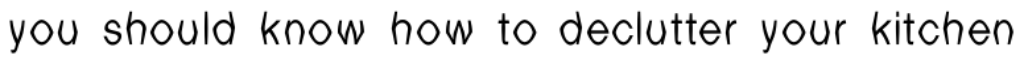
you should know how to declutter your kitchen